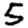
Digit: 5